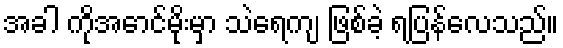
အခါ ကိုအောင်မိုးမှာ သဲရေကျ ဖြစ်ခဲ့ ရပြန်လေသည်။